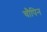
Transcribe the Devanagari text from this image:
चौपिन